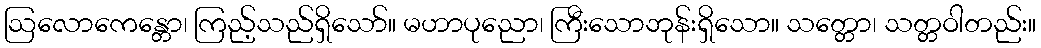
ဩလောကေန္တော၊ ကြည့်သည်ရှိသော်။ မဟာပုညော၊ ကြီးသောဘုန်းရှိသော။ သတ္တော၊ သတ္တဝါတည်း။